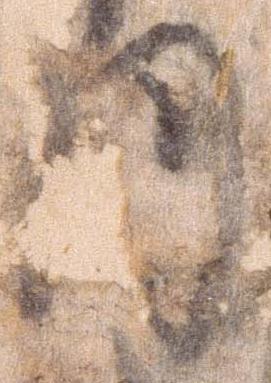
月